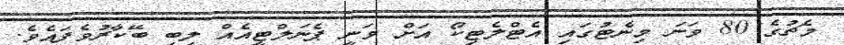
މެޗުގެ 80 ވަނަ މިނެޓުގައި އެޓްލެޓިކޯ އަށް ވަނީ ޕެނަލްޓީއެއް ލިބި ބޭކާރުވެފައެވެ.